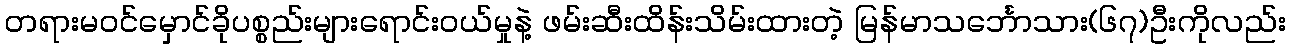
တရားမဝင်မှောင်ခိုပစ္စည်းများရောင်းဝယ်မှုနဲ့ ဖမ်းဆီးထိန်းသိမ်းထားတဲ့ မြန်မာသင်္ဘောသား(၆၇)ဦးကိုလည်း